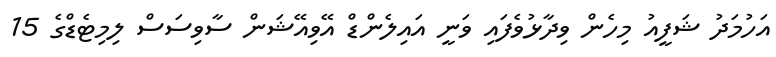
އަހުމަދު ޝަފީއު މިހެން ވިދާޅުވެފައި ވަނީ އައިލެންޑް އޭވިއޭޝަން ސާވިސަސް ލިމިޓެޑްގެ 15